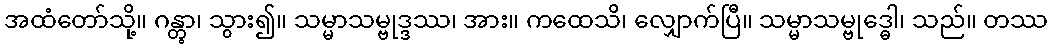
အထံတော်သို့။ ဂန္တွာ၊ သွား၍။ သမ္မာသမ္ဗုဒ္ဒဿ၊ အား။ ကထေသိ၊ လျှောက်ပြီ။ သမ္မာသမ္ဗုဒ္ဓေါ၊ သည်။ တဿ